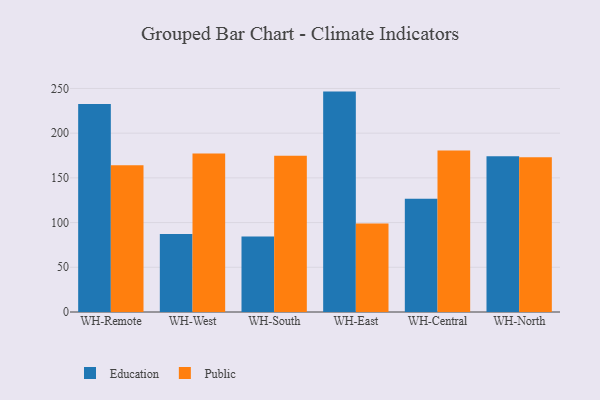
{"axis": {"x": "Warehouse", "y": "Website Visitors"}, "legend": ["Education", "Public"], "data": [{"x": "WH-Remote", "y": 232.7, "type": "Education"}, {"x": "WH-Remote", "y": 164.2, "type": "Public"}, {"x": "WH-West", "y": 87.2, "type": "Education"}, {"x": "WH-West", "y": 177.3, "type": "Public"}, {"x": "WH-South", "y": 84.5, "type": "Education"}, {"x": "WH-South", "y": 174.8, "type": "Public"}, {"x": "WH-East", "y": 246.5, "type": "Education"}, {"x": "WH-East", "y": 99.0, "type": "Public"}, {"x": "WH-Central", "y": 126.8, "type": "Education"}, {"x": "WH-Central", "y": 180.7, "type": "Public"}, {"x": "WH-North", "y": 174.3, "type": "Education"}, {"x": "WH-North", "y": 173.0, "type": "Public"}]}